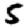
Digit: 5